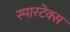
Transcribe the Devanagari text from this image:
स्पारटेक्स